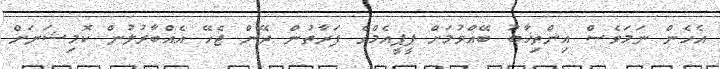
އެހެން ނަމަވެސް އިންތިޚާބު ބޭއްވުމަށް ޕީޕީއެމްގެ ފަރާތުން ދޭން ޖެހޭ އެއްބާރުލުން ކޮމިޝަނަށް